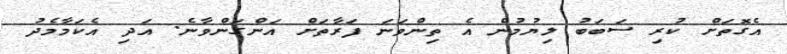
އެގޮތަށް ކުރި ސަބަބު ލިޔުމުން އެ ތިންވަނަ ފަރާތަށް އަންގަންވާނެ. އަދި އެކަމާމެދު